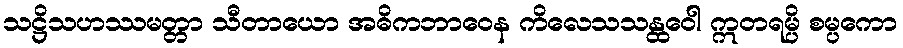
သဋ္ဌိသဟဿမတ္တာ သီတာယော အဓိကဘာဝေန ကိလေသသန္ထဝေါ ဣတရမ္ပိ စမ္ပကော